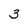
Character: 3